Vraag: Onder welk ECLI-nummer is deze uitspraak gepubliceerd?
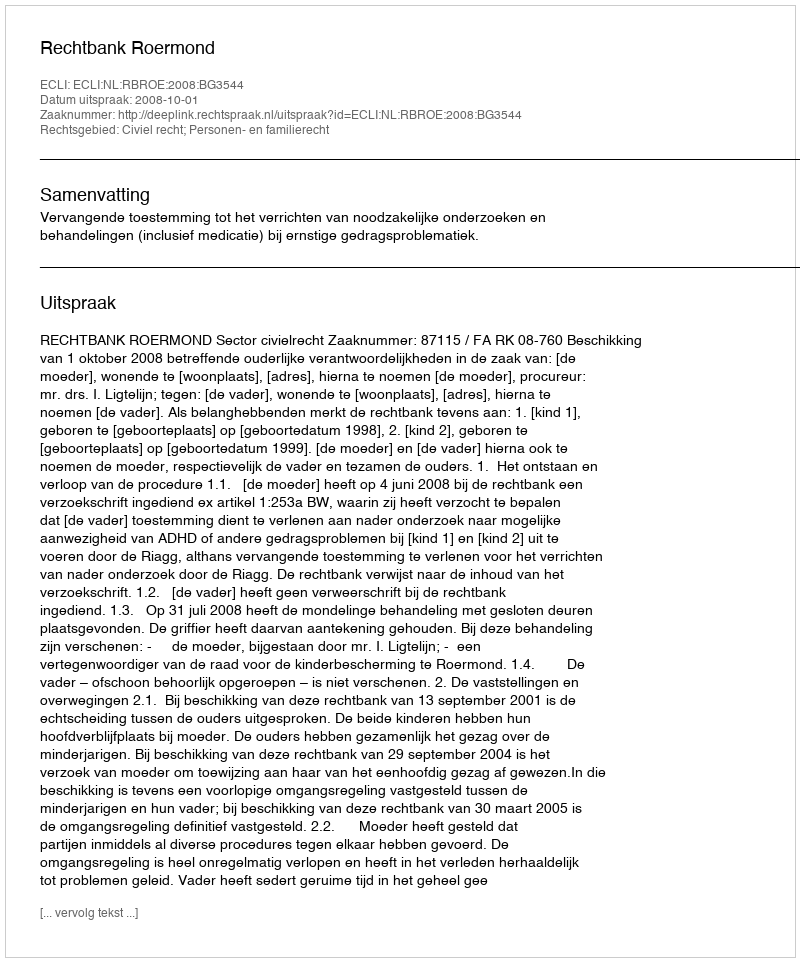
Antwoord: ECLI:NL:RBROE:2008:BG3544